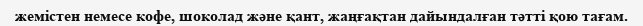
жемістен немесе кофе, шоколад және қант, жаңғақтан дайындалған тәтті қою тағам.